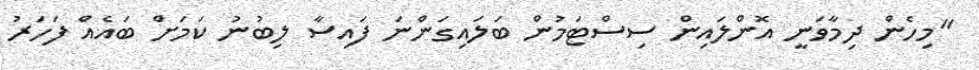
"މިހެން ދިމާވަނީ އޮންލައިން ސިސްޓަމުން ބަލައިގަންނަ ފައިސާ ލިބުނު ކަމަށް ބައެެއް ފަހަރު